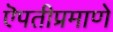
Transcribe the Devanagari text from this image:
ऎपतीप्रमाणे